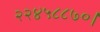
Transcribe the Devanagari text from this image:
२२४५८८७०।